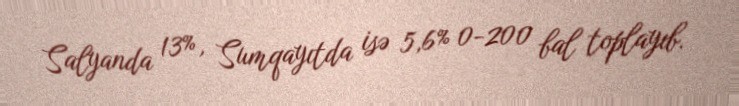
Salyanda 13%, Sumqayıtda isə 5,6% 0-200 bal toplayıb.